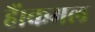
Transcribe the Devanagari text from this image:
हैं।कमल